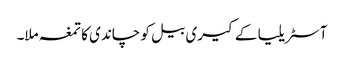
آسٹریلیا کے کیری بیل کو چاندی کا تمغہ ملا۔